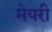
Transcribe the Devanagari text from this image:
मेयरी